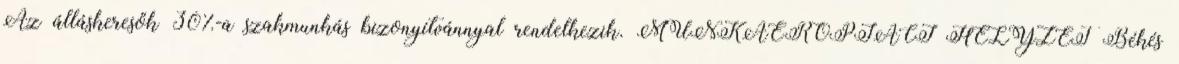
Az álláskeresők 30%-a szakmunkás bizonyítvánnyal rendelkezik. MUNKAERŐPIACI HELYZET Békés